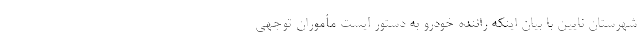
شهرستان نایین با بیان اینکه راننده خودرو به دستور ایست مأموران توجهی